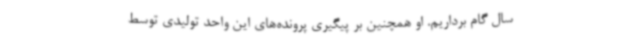
سال گام برداریم. او همچنین بر پیگیری پرونده‌های این واحد تولیدی توسط